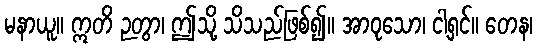
မနာယူ။ ဣတိ ဉတွာ၊ ဤသို့ သိသည်ဖြစ်၍။ အာဝုသော၊ ငါ့ရှင်။ တေန၊